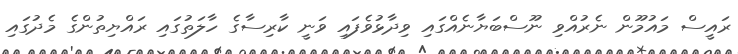
ރައީސް މައުމޫން ނެރުއްވި ނޫސްބަޔާނެއްގައި ވިދާޅުވެފައި ވަނީ ކާރިސާގެ ހާލަތުގައި ރައްޔިތުންގެ މެދުގައި